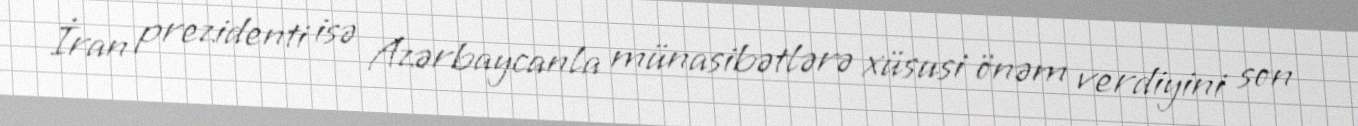
İran prezidenti isə Azərbaycanla münasibətlərə xüsusi önəm verdiyini son